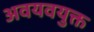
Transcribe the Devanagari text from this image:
अवयवयुक्त